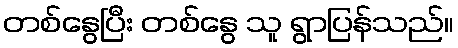
တစ်နွေပြီး တစ်နွေ သူ ရွာပြန်သည်။